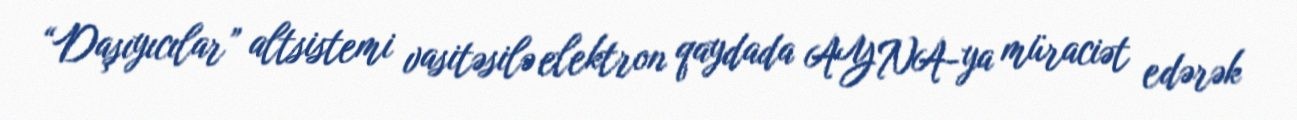
“Daşıyıcılar” altsistemi vasitəsilə elektron qaydada AYNA-ya müraciət edərək